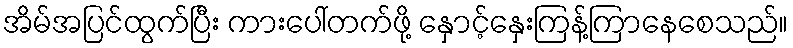
အိမ်အပြင်ထွက်ပြီး ကားပေါ်တက်ဖို့ နှောင့်နှေးကြန့်ကြာနေစေသည်။